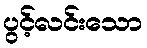
ပွင့်လင်းသော